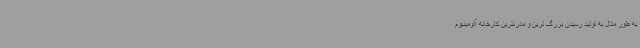
به طور مثال به تولید رسیدن بزرگ ترین و مدرنترین کارخانه آلومینیوم